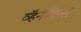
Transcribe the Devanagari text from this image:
व्हॅनॅबिन्स